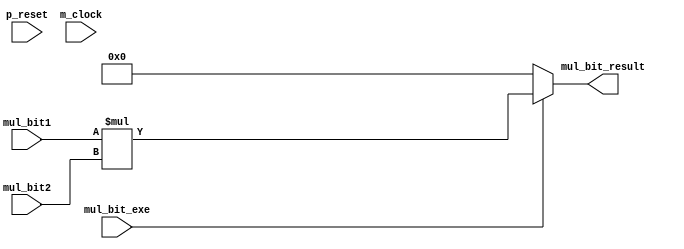

/*Produced by NSL Core(version=20240424), IP ARCH, Inc. Sun May 26 17:36:12 2024
 Licensed to :EVALUATION USER*/
/*
 DO NOT USE ANY PART OF THIS FILE FOR COMMERCIAL PRODUCTS. 
*/

module mul_bit ( p_reset , m_clock , mul_bit1 , mul_bit2 , mul_bit_result , mul_bit_exe );
  input p_reset, m_clock;
  wire p_reset, m_clock;
  input [17:0] mul_bit1;
  wire [17:0] mul_bit1;
  input [17:0] mul_bit2;
  wire [17:0] mul_bit2;
  output [20:0] mul_bit_result;
  wire [20:0] mul_bit_result;
  input mul_bit_exe;
  wire mul_bit_exe;

   assign  mul_bit_result = 
// synthesis translate_off
// synopsys translate_off
(mul_bit_exe)? 
// synthesis translate_on
// synopsys translate_on
((mul_bit_exe)?(mul_bit1*mul_bit2):21'b0)
// synthesis translate_off
// synopsys translate_off
:21'bx
// synthesis translate_on
// synopsys translate_on
;
endmodule

/*Produced by NSL Core(version=20240424), IP ARCH, Inc. Sun May 26 17:36:12 2024
 Licensed to :EVALUATION USER*/